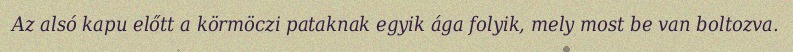
Az alsó kapu előtt a körmöczi pataknak egyik ága folyik, mely most be van boltozva.